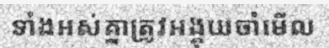
ទាំងអស់គ្នាត្រូវអង្គុយចាំមើល